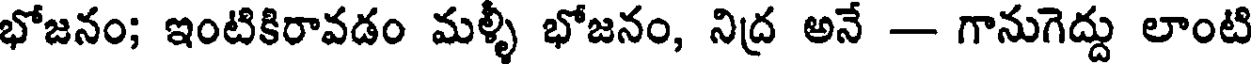
భోజనం; ఇంటికిరావడం మళ్ళీ భోజనం, నిద్ర అనే -- గానుగెద్దు లాంటి